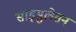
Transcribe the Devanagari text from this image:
साइमुलेसन